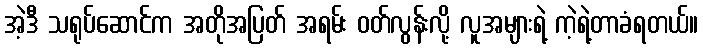
အဲ့ဒီ သရုပ်ဆောင်က အတိုအပြတ် အရမ်း ဝတ်လွန်းလို့ လူအများရဲ့ ကဲ့ရဲ့တာခံရတယ်။